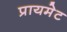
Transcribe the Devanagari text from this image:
प्रायमेट